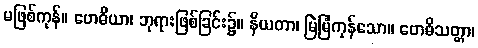
မဖြစ်ကုန်။ ဗောဓိယာ၊ ဘုရားဖြစ်ခြင်း၌။ နိယတာ၊ မြဲမြံကုန်သော။ ဗောဓိသတ္တာ၊